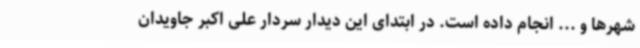
شهرها و ... انجام داده است. در ابتدای این دیدار سردار علی اکبر جاویدان